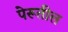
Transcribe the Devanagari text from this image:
पेरूतील